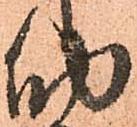
納